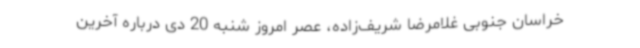
خراسان‌ جنوبی غلامرضا شریف‌زاده، عصر امروز شنبه 20 دی درباره آخرین